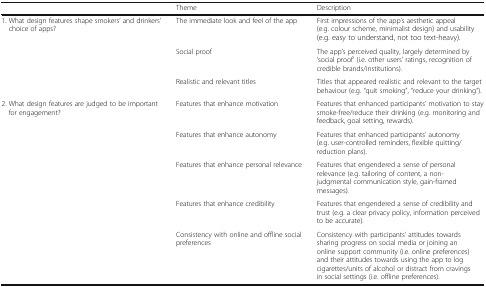
<table><thead><tr><td></td><td><b>Theme</b></td><td><b>Description</b></td></tr></thead><tbody><tr><td>1. What design features shape smokers’ and drinkers’ choice of apps?</td><td>The immediate look and feel of the app</td><td>First impressions of the app’s aesthetic appeal (e.g. colour scheme, minimalist design) and usability (e.g. easy to understand, not too text-heavy).</td></tr><tr><td></td><td>Social proof</td><td>The app’s perceived quality, largely determined by ‘social proof’ (i.e. other users’ ratings, recognition of credible brands/institutions).</td></tr><tr><td></td><td>Realistic and relevant titles</td><td>Titles that appeared realistic and relevant to the target behaviour (e.g. “quit smoking”, “reduce your drinking”).</td></tr><tr><td>2. What design features are judged to be important for engagement?</td><td>Features that enhance motivation</td><td>Features that enhanced participants’ motivation to stay smoke-free/reduce their drinking (e.g. monitoring and feedback, goal setting, rewards).</td></tr><tr><td></td><td>Features that enhance autonomy</td><td>Features that enhanced participants’ autonomy (e.g. user-controlled reminders, flexible quitting/reduction plans).</td></tr><tr><td></td><td>Features that enhance personal relevance</td><td>Features that engendered a sense of personal relevance (e.g. tailoring of content, a non-judgmental communication style, gain-framed messages).</td></tr><tr><td></td><td>Features that enhance credibility</td><td>Features that engendered a sense of credibility and trust (e.g. a clear privacy policy, information perceived to be accurate).</td></tr><tr><td></td><td>Consistency with online and offline social preferences</td><td>Consistency with participants’ attitudes towards sharing progress on social media or joining an online support community (i.e. online preferences) and their attitudes towards using the app to log cigarettes/units of alcohol or distract from cravings in social settings (i.e. offline preferences).</td></tr></tbody></table>